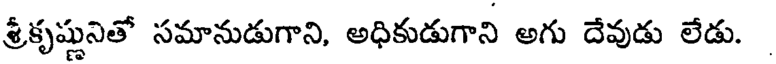
శ్రీకృష్ణునితో సమానుడుగాని, అధికుడుగాని అగు దేవుడు లేడు.